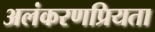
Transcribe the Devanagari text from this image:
अलंकरणप्रियता